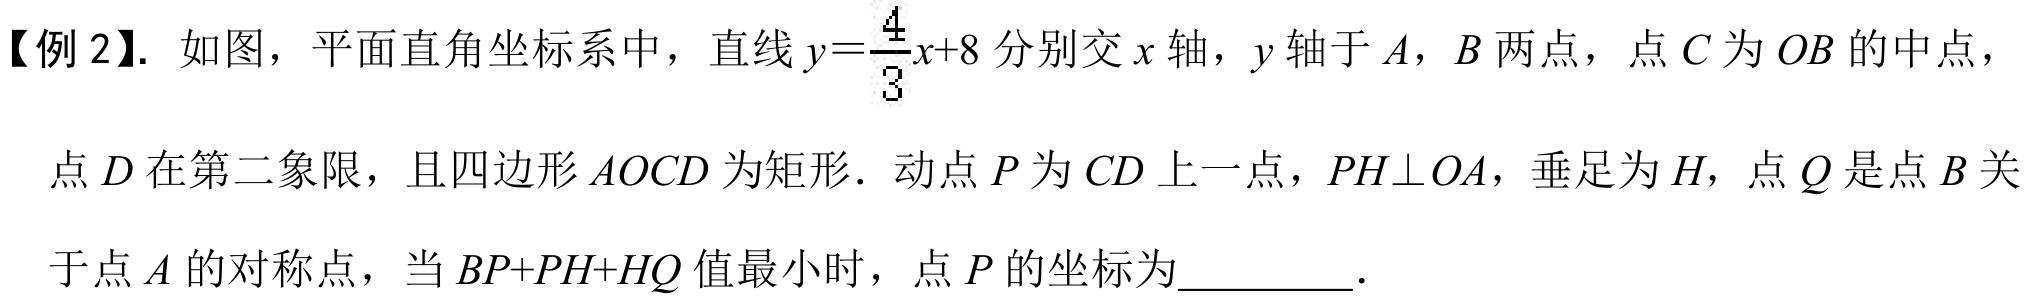
【例 2】. 如图，平面直角坐标系中，直线\(y = \frac{4}{3}x + 8\)分别交\(x\)轴，\(y\)轴于\(A\)，\(B\)两点，点\(C\)为\(OB\)的中点，
点\(D\)在第二象限，且四边形\(AOCD\)为矩形．动点\(P\)为\(CD\)上一点，\(PH\perp OA\)，垂足为\(H\)，点\(Q\)是点\(B\)关
于点\(A\)的对称点，当\(BP + PH+HQ\)值最小时，点\(P\)的坐标为_________．